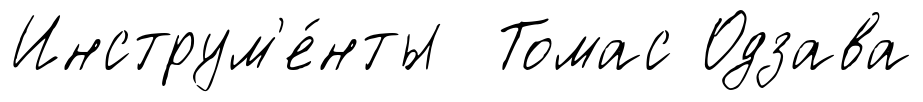
Инструм'е́нты Томас Одзава